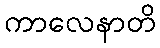
ကာလေနာတိ